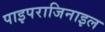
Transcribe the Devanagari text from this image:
पाइपराजिनाइल